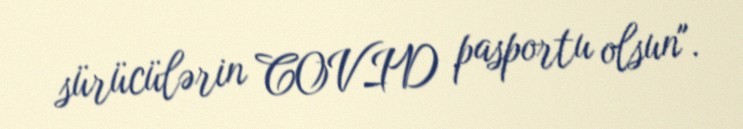
sürücülərin COVID pasportu olsun".